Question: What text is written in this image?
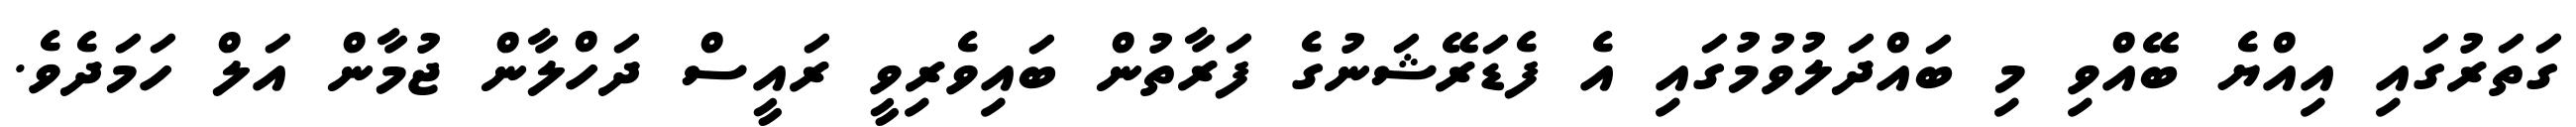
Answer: ގަތަރުގައި އިއްޔެ ބޭއްވި މި ބައްދަލުވުމުގައި އެ ފެޑަރޭޝަނުގެ ފަރާތުން ބައިވެރިވީ ރައީސް ދަހްލާން ޖުމާން އަލް ހަމަދެވެ.